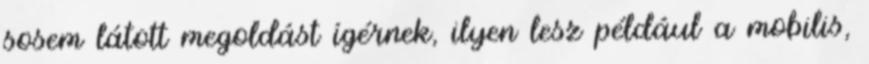
sosem látott megoldást ígérnek, ilyen lesz például a mobilis,